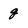
Character: g